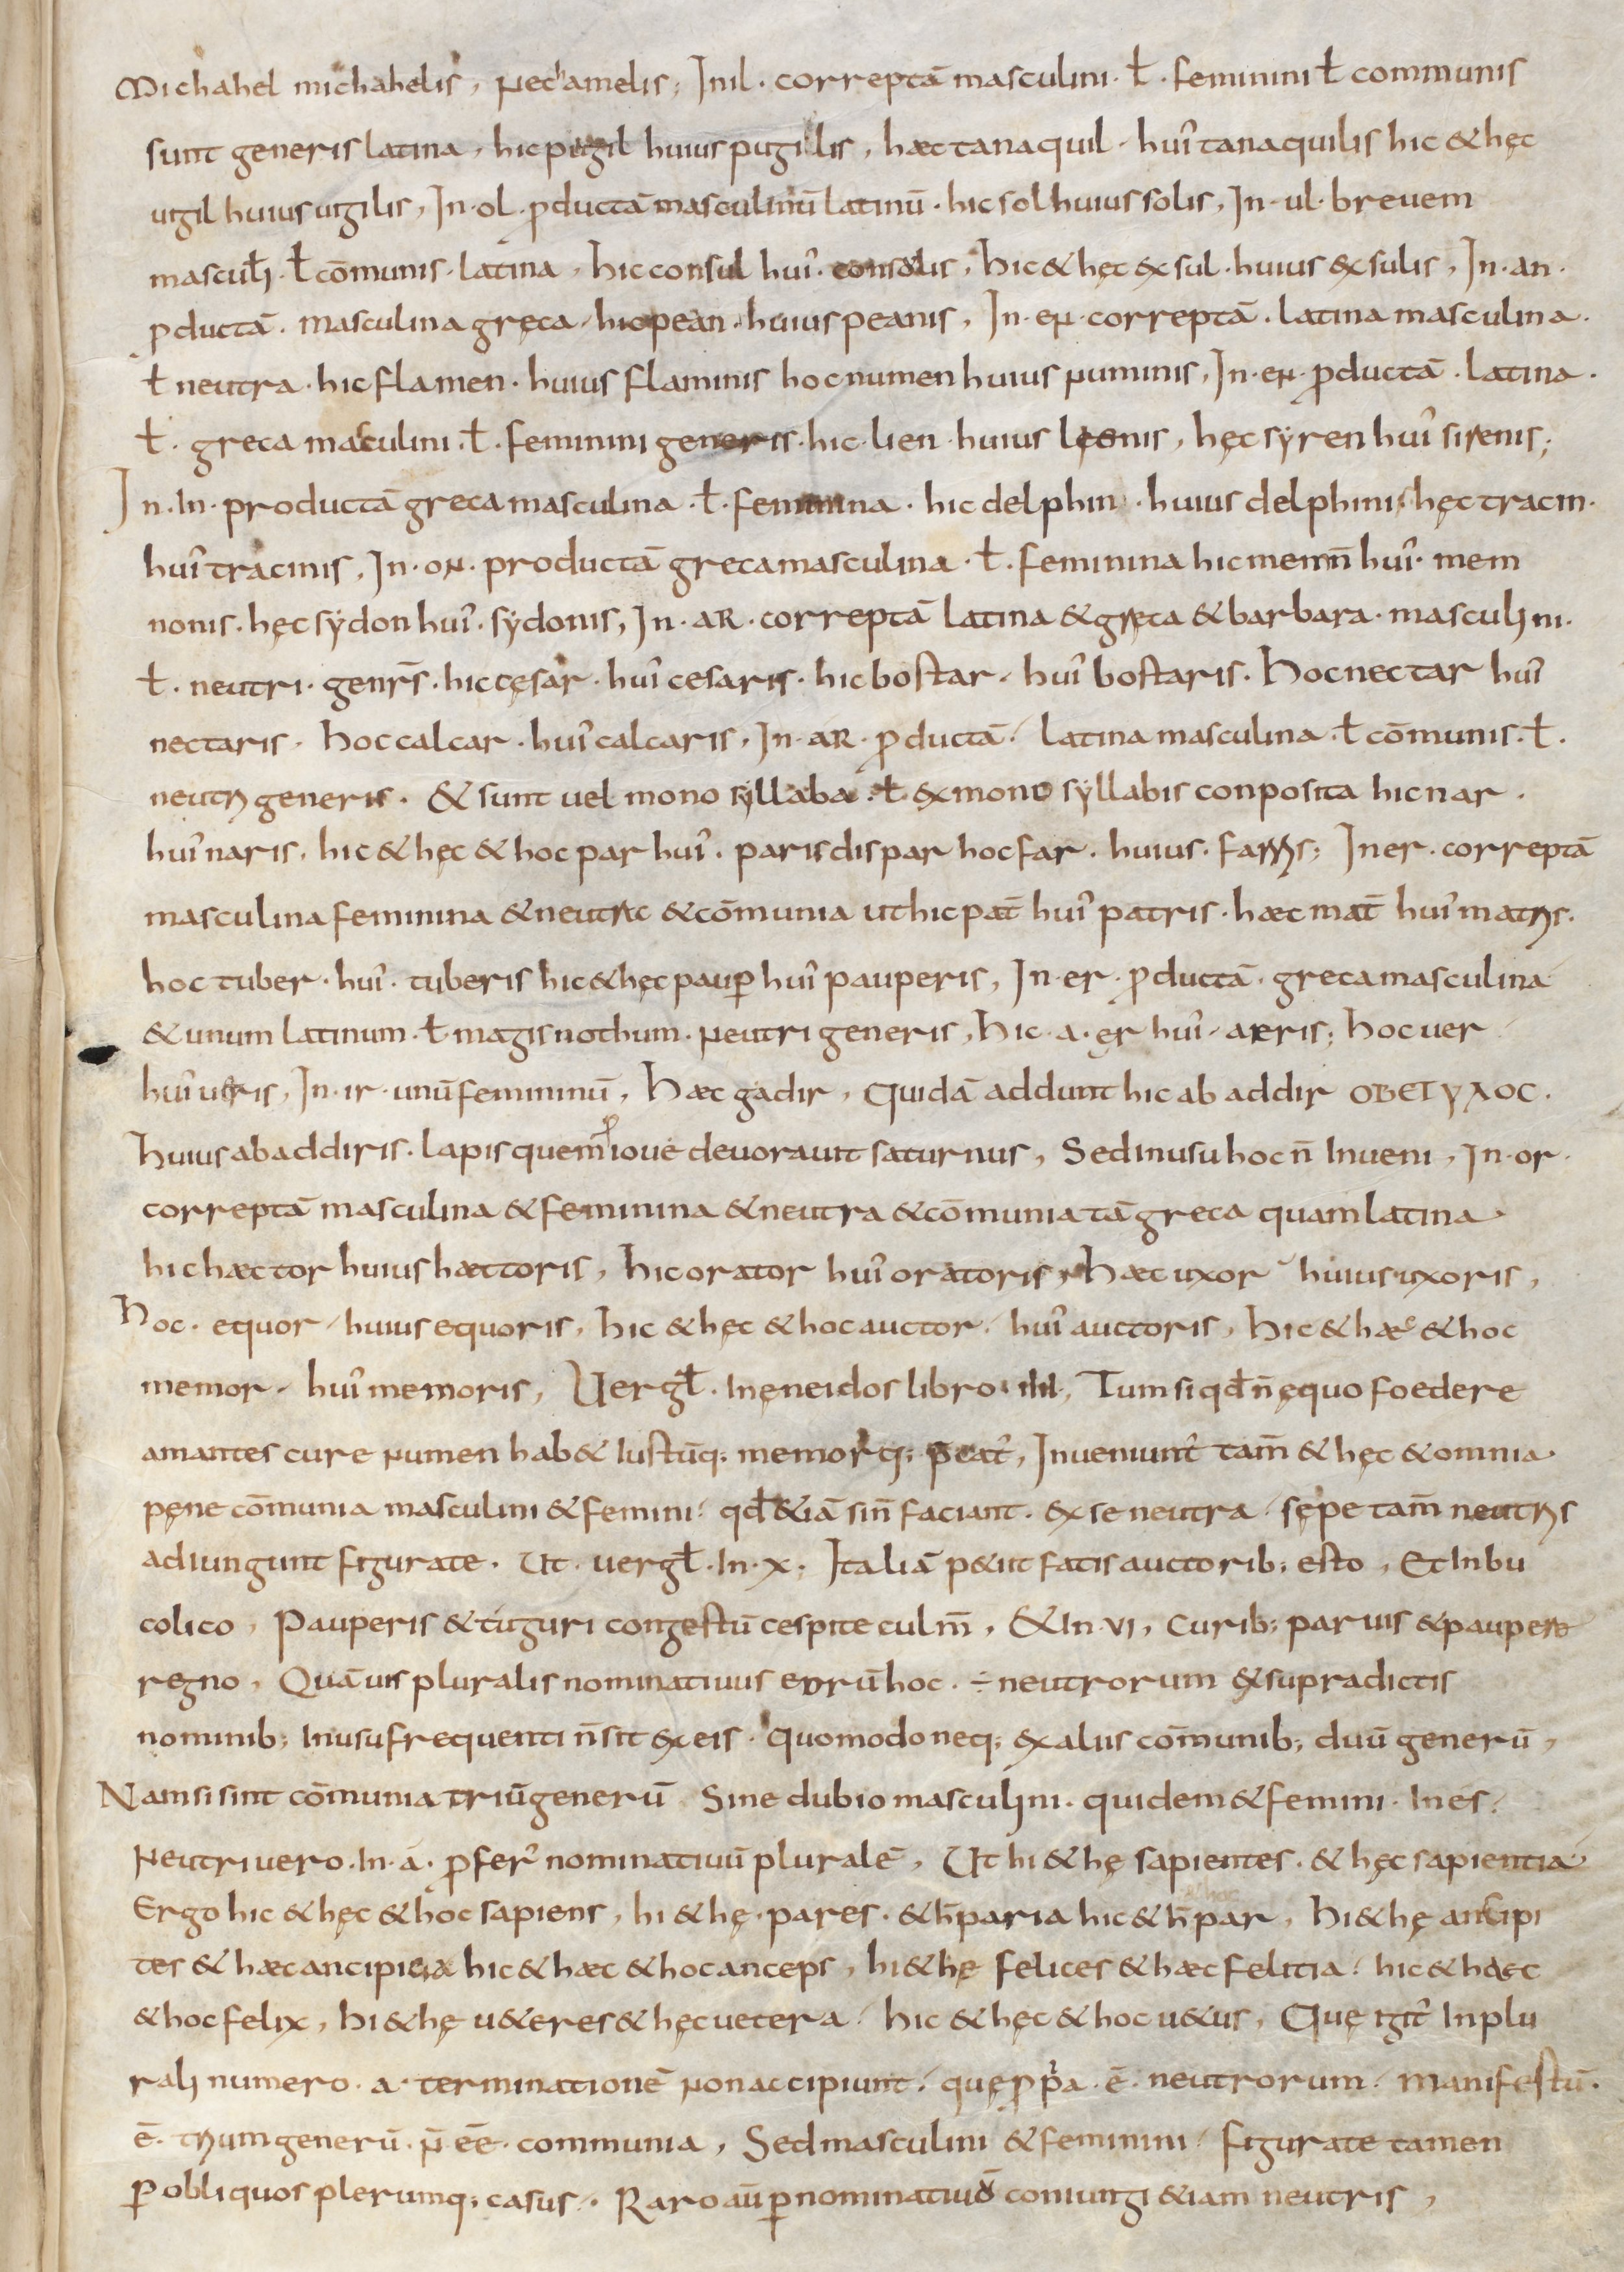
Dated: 900–999